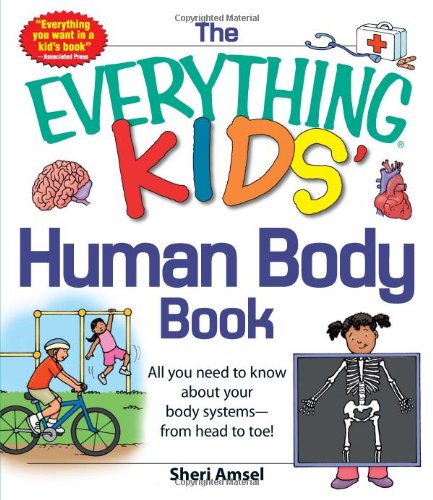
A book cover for The Everything KIDS' Human Body Book: All You Need to Know About Your Body Systems - From Head to Toe!; Sheri Amsel; Children's Books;